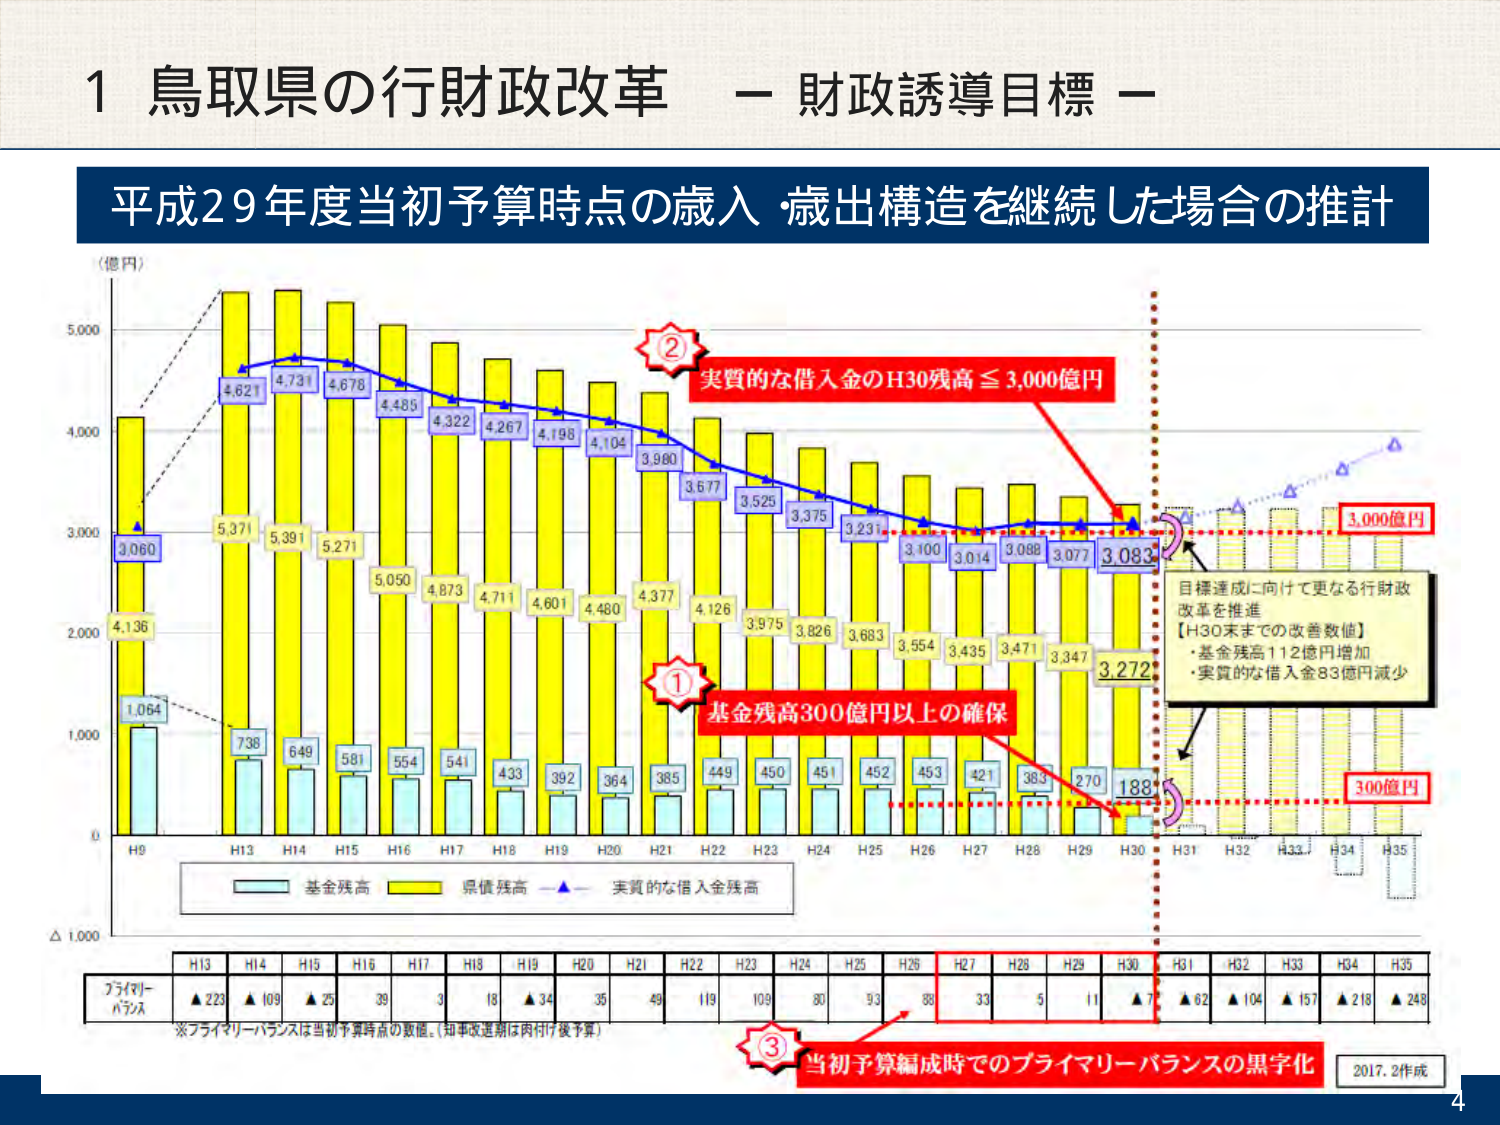
1 鳥取県の行財政改革 － 財政誘導目標 －

平成29年度当初予算時点の歳入・歳出構造を継続した場合の推計

(億円)

5,000

4,000

3,000

2,000

1,000

0

△1,000

H9

H13

H14

H15

H16

H17

H18

H19

H20

H21

H22

H23

H24

H25

H26

H27

H28

H29

H30

H31

H32

H33

H34

H35

3,060

4,621

4,731

4,678

4,485

4,322

4,267

4,198

4,104

3,990

3,677

3,525

3,375

3,231

3,100

3,014

3,088

3,077

3,082

3,272

188

4,136

5,371

5,391

5,271

5,050

4,873

4,711

4,601

4,480

4,377

4,126

3,975

3,826

3,683

3,554

3,435

3,471

3,347

1,064

736

649

581

554

541

433

392

364

385

449

450

451

452

453

421

383

270

300億円

3,000億円

実質的な借入金のH30残高 ≦ 3,000億円

基準残高300億円以上の確保

目標達成に向けて更なる行財政改革を推進
【H30末までの改善数値】
・基金残高112億円増加
・実質的な借入金83億円減少

基金残高
県債残高
実質的な借入金残高

H13 H14 H15 H16 H17 H18 H19 H20 H21 H22 H23 H24 H25 H26 H27 H28 H29 H30 H31 H32 H33 H34 H35

プライマリーバランス
▲223 ▲109 ▲25 39 3 18 ▲34 35 49 119 109 80 93 88 33 5 11 ▲7 ▲62 ▲104 ▲157 ▲218 ▲248

※プライマリーバランスは当初予算時点の数値。（知事改選期は内付け後予算）

当初予算編成時でのプライマリーバランスの黒字化

2017.2作成

4